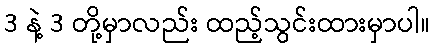
3 နဲ့ 3 တို့မှာလည်း ထည့်သွင်းထားမှာပါ။